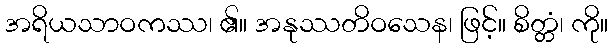
အရိယသာဝကဿ၊ ၏။ အနုဿတိဝသေန၊ ဖြင့်။ စိတ္တံ၊ ကို။